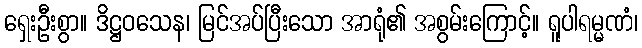
ရှေးဦးစွာ။ ဒိဋ္ဌဝသေန၊ မြင်အပ်ပြီးသော အာရုံ၏ အစွမ်းကြောင့်။ ရူပါရမ္မဏံ၊